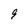
Character: 9